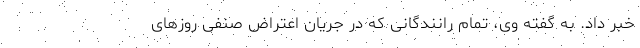
خبر داد. به گفته وی، تمام رانندگانی که در جریان اعتراض صنفی روزهای